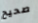
صحيح